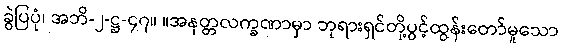
ခွဲပြပုံ၊ အဘိ-၂-ဋ္ဌ-၄၇။ ။အနတ္တလက္ခဏာမှာ ဘုရားရှင်တို့ပွင့်ထွန်းတော်မူသော